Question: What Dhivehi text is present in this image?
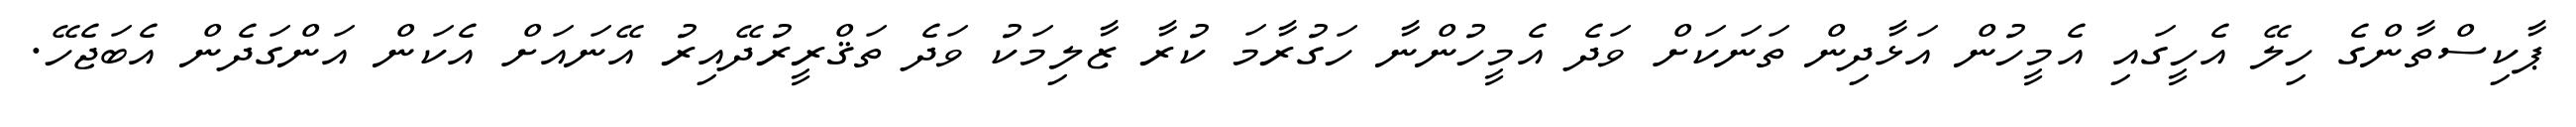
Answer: ޕާކިސްތާންގެ ހިލޭ އެހީގައި އެމީހުން އަޅާދިން ތަނަކަށް ވަދެ އެމީހުންނާ ހަގުރާމަ ކުރާ ޒާލިމަކު ވަދެ ތަޤްރީރުދޭއިރު އޭނައަށް އެކަން އަންގަދެން އެބަޖެހޭ.